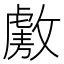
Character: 𫿑